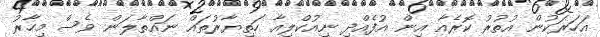
އަހަރަކުން އުތުރު ކޮރެއާ އިން އުފެއްދި ނިއުކްލިއާ ހަތިޔާރުތައް ނައްތާލަން ވެސް މިހާރު